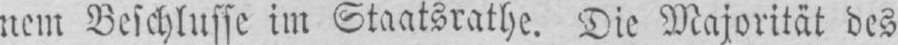
nem Beschlusse im Staatsrathe. Die Majorität des